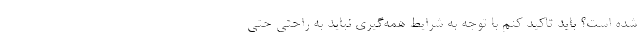
شده است؟ باید تاکید کنم با توجه به شرایط همه‌گیری نباید به راحتی حتی